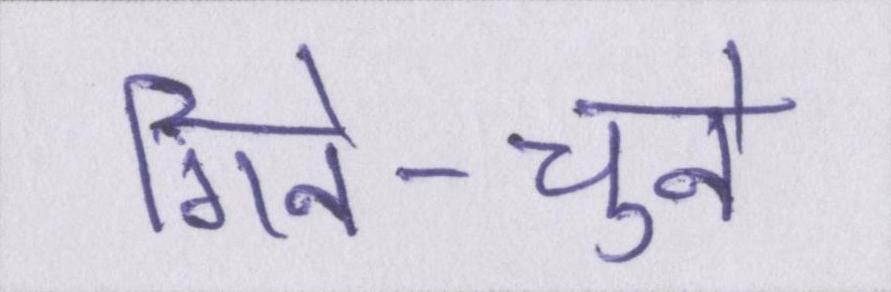
गिने-चुने